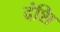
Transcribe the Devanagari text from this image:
दंशि